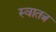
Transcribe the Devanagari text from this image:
स्वातत्र